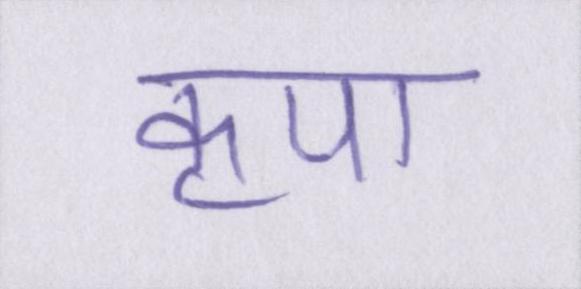
कृपा